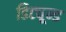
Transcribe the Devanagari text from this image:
डिट्यून्ड